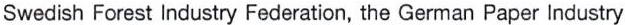
Swedish Forest Industry Federation, the German Paper Industry